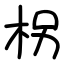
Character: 柺